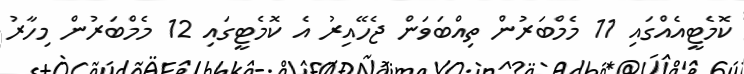
ކޮމެޓީއެއްގައި 11 މެމްބަރުން ތިއްބަވަން ޖެހޭއިރު އެ ކޮމެޓީގައި 12 މެމްބަރުން މިހާރު